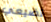
تضيعي